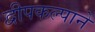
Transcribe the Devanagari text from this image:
द्वीपकल्पाने